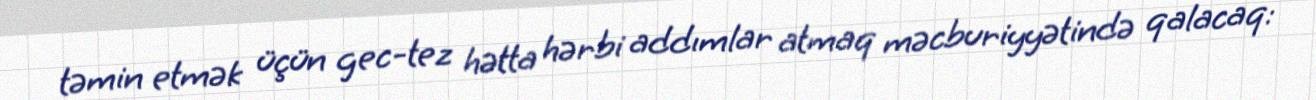
təmin etmək üçün gec-tez hətta hərbi addımlar atmaq məcburiyyətində qalacaq: